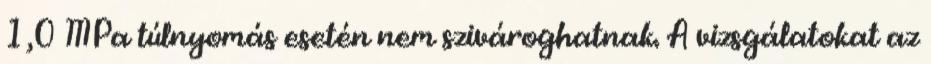
1,0 MPa túlnyomás esetén nem szivároghatnak. A vizsgálatokat az